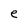
Character: e